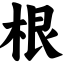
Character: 根